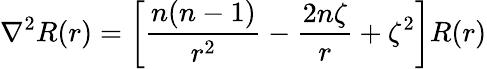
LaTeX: \nabla^{2}R(r)=\left[{\frac{n(n-1)}{r^{2}}}-{\frac{2n\zeta}{r}}+\zeta^{2}\right]R(r)